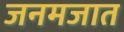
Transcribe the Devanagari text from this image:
जनमजात